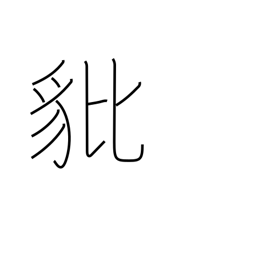
Meaning: brave heraldic beast